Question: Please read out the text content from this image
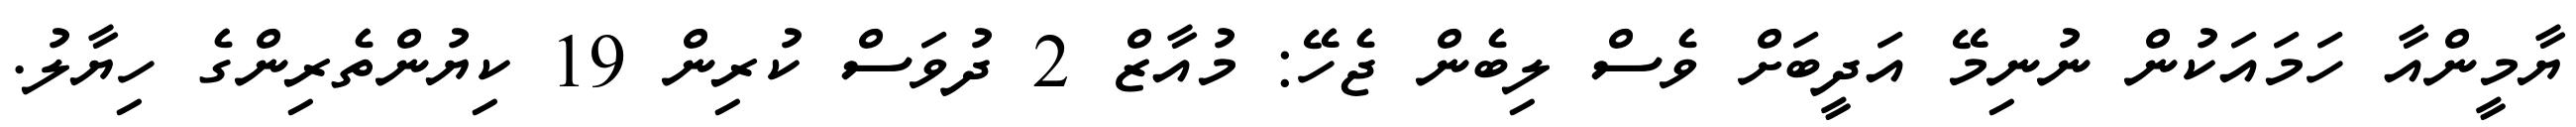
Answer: ޔާމީންއާ ހަމައަކުން ނުނިމޭ އަދީބަށް ވެސް ލިބެން ޖެހޭ: މުއާޒް 2 ދުވަސް ކުރިން 19 ކިޔުންތެރިންގެ ހިޔާލު.